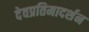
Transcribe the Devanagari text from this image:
देवप्रतिमादर्शन